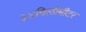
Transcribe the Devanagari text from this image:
३४मिलीमीटर